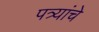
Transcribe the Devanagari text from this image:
पत्र्यांचे